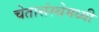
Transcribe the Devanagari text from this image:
चेतासंस्थेमध्यी